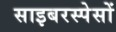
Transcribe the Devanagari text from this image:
साइबरस्पेसों